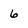
Character: 6